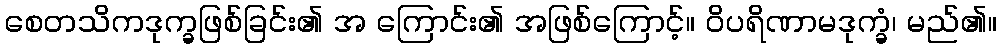
စေတသိကဒုက္ခဖြစ်ခြင်း၏ အ ကြောင်း၏ အဖြစ်ကြောင့်။ ဝိပရိဏာမဒုက္ခံ၊ မည်၏။